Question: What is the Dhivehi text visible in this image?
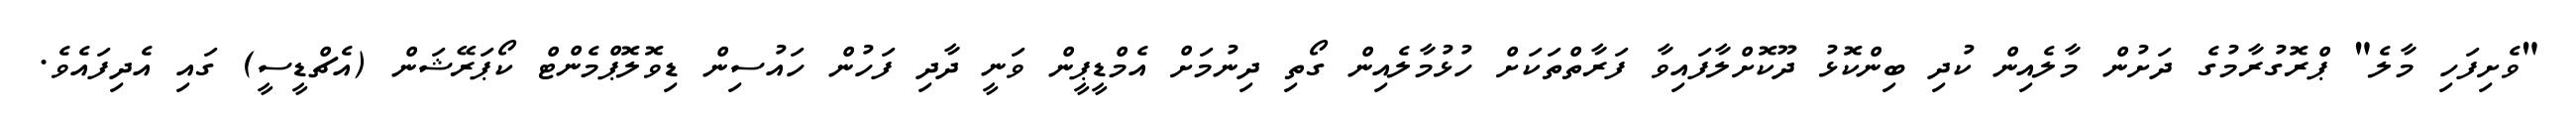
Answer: "ވެށިފަހި މާލެ" ޕްރޮގުރާމުގެ ދަށުން މާލެއިން ކުދި ބިންކޮޅު ދޫކޮށްލާފައިވާ ފަރާތްތަކަށް ހުޅުމާލެއިން ގޯތި ދިނުމަށް އެމްޑީޕީން ވަނީ ދާދި ފަހުން ހައުސިން ޑިވޮލޮޕްމެންޓް ކޯޕަރޭޝަން (އެޗްޑީސީ) ގައި އެދިފައެވެ.